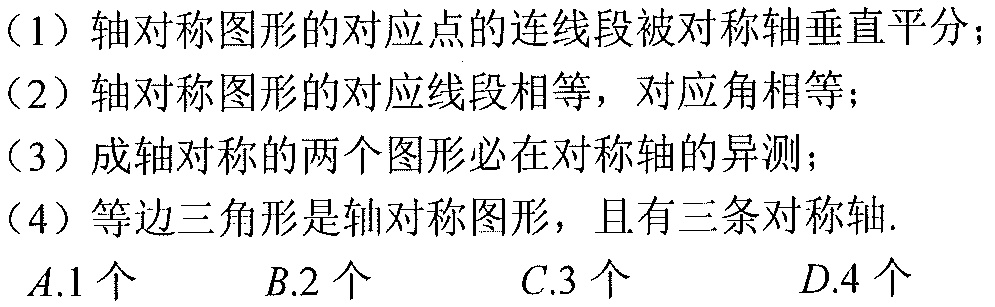
(1) 轴对称图形的对应点的连线段被对称轴垂直平分；
(2) 轴对称图形的对应线段相等，对应角相等；
(3) 成轴对称的两个图形必在对称轴的异测；
(4) 等边三角形是轴对称图形，且有三条对称轴.
\(A.1\)个 \(B.2\)个 \(C.3\)个 \(D.4\)个